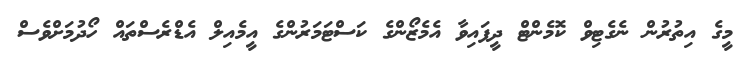
މީގެ އިތުރުން ނެގެޓިވް ކޮމެންޓް ދީފައިވާ އެމެޒޯންގެ ކަސްޓަމަރުންގެ އީމެއިލް އެޑްރެސްތައް ހޯދުމަށްވެސް